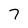
Character: 7